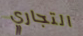
التجاري